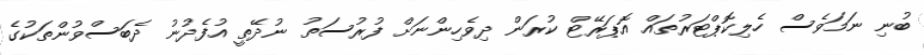
ބުނި ނަމަވެސް ހެލިކޮޕްޓަރުތައް އޮޕަރޭޓް ކުރަން ދިވެހިންނަށް ފުރުސަތު ނުދޭތީ އުފެދުނު ދެބަސްވުންތަކުގެ